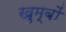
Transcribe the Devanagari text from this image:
खुम्बों